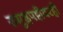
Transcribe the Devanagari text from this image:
समुद्रपट्टीवरही